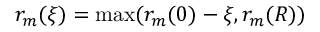
r _ { m } ( \xi ) = \operatorname* { m a x } ( r _ { m } ( 0 ) - \xi , r _ { m } ( R ) )